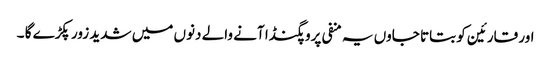
اور قارئین کو بتاتا جاوں یہ منفی پروپگنڈا آنے والے دنوں میں شدید زور پکڑے گا ۔